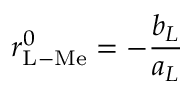
r _ { \mathrm { L - M e } } ^ { 0 } = - \frac { b _ { L } } { a _ { L } }